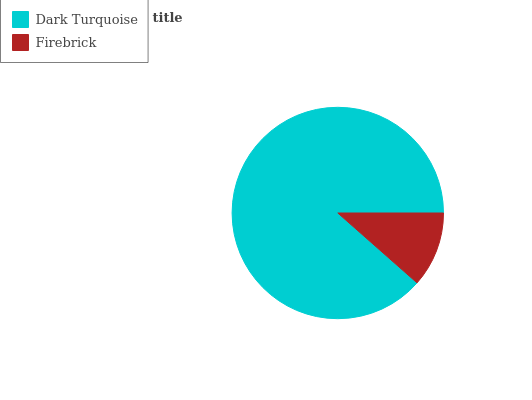
| Dark Turquoise | Firebrick |
 | --- | --- |
 | 88.5% | 11.5% |